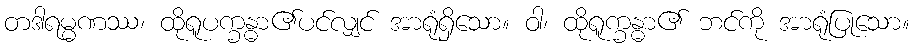
တဒါရမ္မဏဿ၊ ထိုရူပက္ခန္ဓာ၏ပင်လျှင် အာရုံရှိသော။ ဝါ၊ ထိုရူက္ခန္ဓာ၏ ဘင်ကို အာရုံပြုသော။